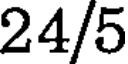
24/5